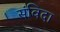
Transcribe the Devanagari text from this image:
संविदा